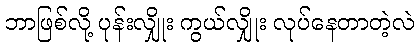
ဘာဖြစ်လို့ ပုန်းလျှိုး ကွယ်လျှိုး လုပ်နေတာတဲ့လဲ